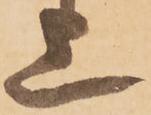
上